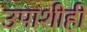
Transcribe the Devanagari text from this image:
उपाशीही